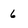
Character: 6